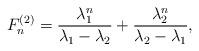
LaTeX: \begin{align*}F_n^{(2)}=\displaystyle \frac{\lambda_1^n}{\lambda_1 - \lambda_2}+ \displaystyle \frac{\lambda_2^n}{\lambda_2 - \lambda_1}, \end{align*}